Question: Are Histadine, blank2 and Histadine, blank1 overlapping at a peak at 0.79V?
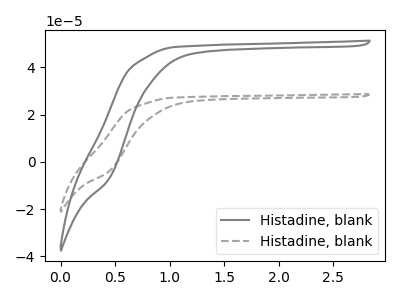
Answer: <think>The gray curve "Histadine, blank1" has no peaks. The gray dashed curve "Histadine, blank2" has no peaks.</think>
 <answer>No, "Histadine, blank2" and "Histadine, blank1" dont share a peak at 0.79V.</answer>
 <eval>mismatch</eval>